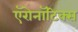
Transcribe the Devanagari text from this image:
ऍरोनॉटिक्स